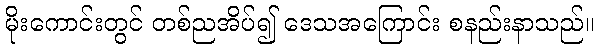
မိုးကောင်းတွင် တစ်ညအိပ်၍ ဒေသအကြောင်း စနည်းနာသည်။